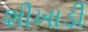
શીખાડી